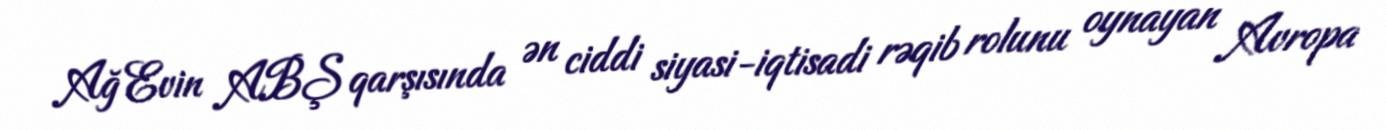
Ağ Evin ABŞ qarşısında ən ciddi siyasi-iqtisadi rəqib rolunu oynayan Avropa